Cholera in India, 1862 to 1881
Year: 1862
Disease focus: Cholera
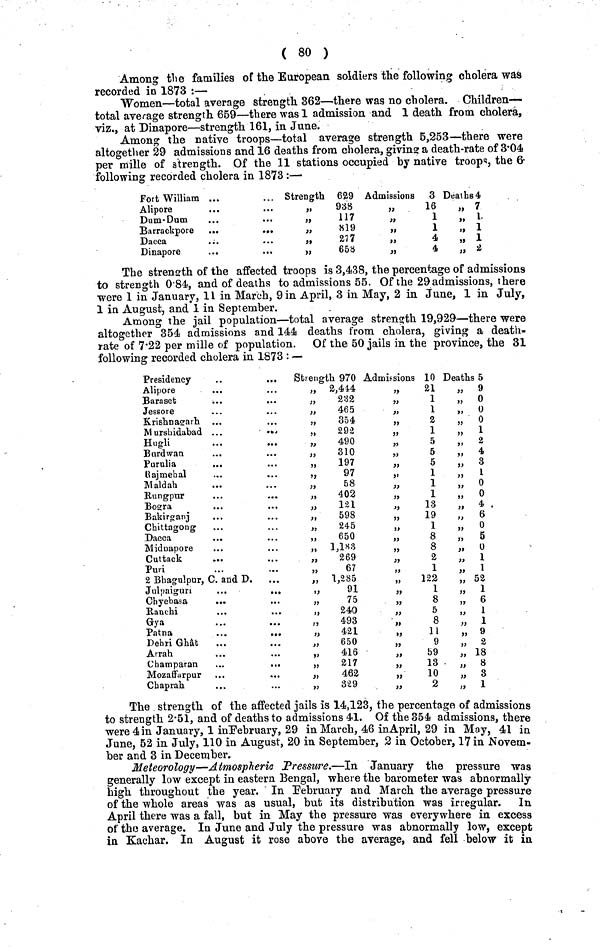
( 80 )
Among the families of the European soldiers the following cholera was
recorded in 1873 :—
Women—total average strength 362—there was no cholera. Children-
total average strength 659—there was 1 admission and 1 death from cholera,
viz., at Dinapore—strength 161, in June.
Among the native troops—total average strength 5,253—there were
altogether 29 admissions and 16 deaths from cholera, giving a death-rate of 3·04
per mille of strength. Of the 11 stations occupied by native troops, the 6-
following recorded cholera in 1873:—
Fort William ...
Alipore
Dum-Dum
Barrackpore ...
Dacca
...
Dinapore
...
...
Strength 629
„
938
,,117
,,819
,,277
„
658
Admissions 3
,,16
,,1
,,1
,,4
,,4
Deaths 4
„ 7
,, 1
„ 1
,, 1
,, 2
The strength of the affected troops is 3,438, the percentage of admissions
to strength 0·84, and of deaths to admissions 55. Of the 29 admissions, there
were 1 in January, 1 i in March, 9 in April, 3 in May, 2 in June, 1 in July,
1 in August, and 1 in September.
Among the jail population—total average strength 19,929—there were
altogether 354 admissions and 144 deaths from cholera, giving a death-
rate of 7·22 per mille of population. Of the 50 jails in the province, the 31
following recorded cholera in 1873 : —
Presidency
Alipore
Baraset
...
...
Jessore
Krishnagarh
Murshidabad ...
Hugli
...
...
Bard wan
Purulia
...
Rajmehal
Maldah
Rungpur
Bogra
Bakirganj
Chittagong
Dacca
Midnapore
Cuttack
Puri
2 Bhagulpur, C. and D.
Julpaiguri
...
...
Chyebasa
Ranchi
...
Gya
Patna
Dehri Ghat
Arrah
Champaran
Mozaffarpur
Chaprah
Strength 970
„ 2,444
,, 232
„
465
„
354
,, 292
„
490
,, 310
,, 197
,, 97
,, 58
„
402
,, 121
„
598
,, 245
„
650
„
1,183
„
269
,, 67
„
1,285
,, 91
,, 75
„
240
,, 493
,, 421
„
650
,, 416
,, 217
,, 462
,, 329
Admissions 10
,, 21
,, 1
,, 1
,, 2
,, 1
,, 5
,, 5
,, 5
,, 1
,, 1
,, 1
,, 13
,, 19
,, 1
,, 8
,, 8
,, 2
,, 1
„
122
,, 1
,, 8
,, 5
,, 8
,, 11
,, 9
,, 59
,, 13
,, 10
,, 2
Deaths 5
,, 9
,, 0
„ 0
„ 0
„ 1
„ 2
,, 4
,, 3
,, 1
,, 0
„ 0
,,
4
„ 6
,, 0
,, 5
„ 0
„ 1
,, 1
„ 52
,, 1
,, 6
,, 1
,, 1
,, 9
,, 2
,, 18
,, 8
,, 3
,, 1
The strength of the affected jails is 14,123, the percentage of admissions
to strength 2·51, and of deaths to admissions 41. Of the 354 admissions, there
were 4 in January, 1 in February, 29 in March, 46 in April, 29 in May, 41 in
June, 52 in July, 110 in August, 20 in September, 2 in October, 17 in Novem-
ber and 3 in December.
Meteorology—Atmospheric Pressure.—In January the pressure was
generally low except in eastern Bengal, where the barometer was abnormally
high throughout the year. In February and March the average pressure
of the whole areas was as usual, but its distribution was irregular.
In
April there was a fall, but in May the pressure was everywhere in excess
of the average. In June and July the pressure was abnormally low, except
in Kachar. In August it rose above the average, and fell below it